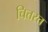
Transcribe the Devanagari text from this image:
चित्तरत